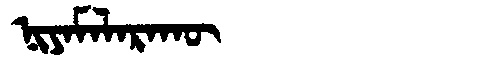
Manchu: ᠨᡳᠶᠠᠮᠠᠯᠠᡵᠠᡴᡡ
Romanization: NIYAMALARAKŪ